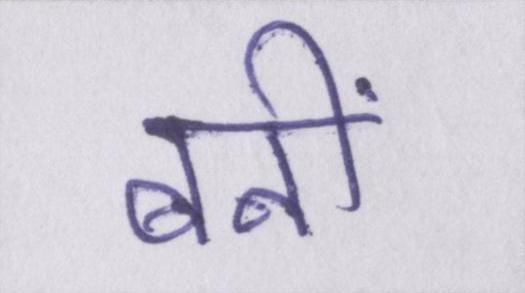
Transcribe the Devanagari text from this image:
बनीं